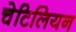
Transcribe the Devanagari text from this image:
चेटिलियन